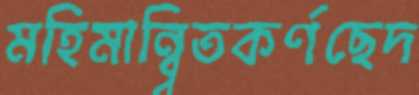
মহিমান্ব্বিতকর্ণছেদ